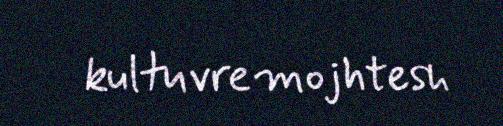
kultuvremojhtesh